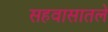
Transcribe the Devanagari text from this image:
सहवासातले